Plague in India, 1896, 1897 - Volume 1
Year: 1896
Disease focus: Plague
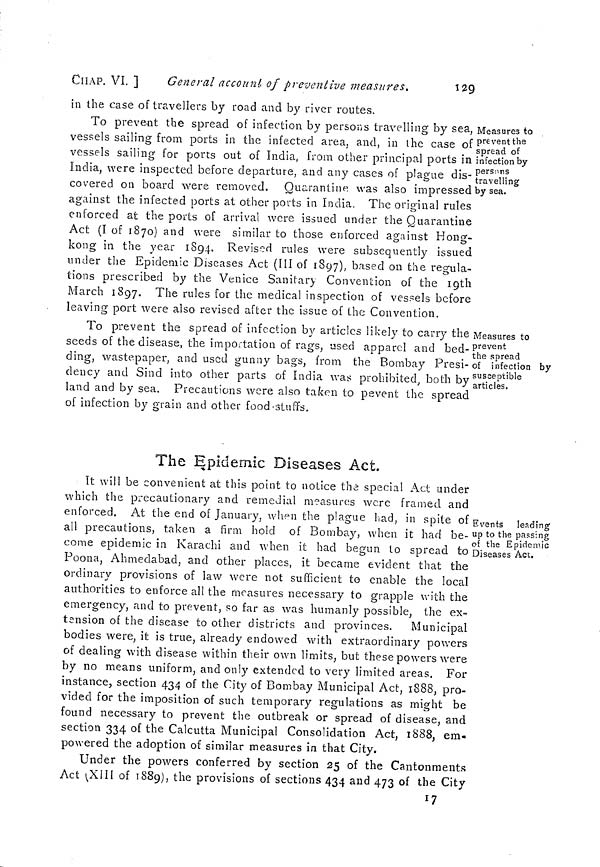
CHAP. VI. ]
General account, of preventive measures.
129
in the case of travellers by road and by river routes.
Measures to
prevent the
spread of
infection by
persons
travelling
by sea.
To prevent the spread of infection by persons travelling by sea,
vessels sailing from ports in the infected area, and, in the case of
vessels sailing for ports out of India, from other principal ports in
India, were inspected before departure, and any cases of plague dis-
covered on board were removed. Quarantine was also impressed
against the infected ports at other ports in India, The original rules
enforced at the ports of arrival were issued under the Quarantine
Act (1 of 1870) and were similar to those enforced against Hong-
kong in the year 1894. Revised rules were subsequently issued
under the Epidemic Diseases Act (III of 1897), based on the regula-
tions prescribed by the Venice Sanitary Convention of the 19th
March 1897. The rules for the medical inspection of vessels before
leaving port were also revised after the issue of the Convention.
Measures to
prevent
the spread
of infection by
susceptible
articles.
To prevent the spread of infection by articles likely to carry the
seeds of the disease, the importation of rags, used apparel and bed-
ding, wastepaper, and used gunny bags, from the Bombay Presi-
dency and Sind into other parts of India was prohibited, both by
land and by sea. Precautions were also taken to pevent the spread
of infection by grain and other food stuffs.
Events leading
up to the passing
of the Epidemic
Diseases Act.
The Epidemic Diseases Act.
It will be convenient at this point to notice the special Act under
which the precautionary and remedial measures were framed and
enforced. At the end of January, when the plague had, in spite of
all precautions, taken a firm hold of Bombay, when it had be-
come epidemic in Karachi and when it had begun to spread to
Poona, Ahmedabad, and other places, it became evident that the
ordinary provisions of law were not sufficient to enable the local
authorities to enforce all the measures necessary to grapple with the
emergency, and to prevent, so far as was humanly possible, the ex-
tension of the disease to other districts and provinces. Municipal
bodies were, it is true, already endowed with extraordinary powers
of dealing with disease within their own limits, but these powers were
by no means uniform, and only extended to very limited areas. For
instance, section 434 of the City of Bombay Municipal Act, 1888, pro-
vided for the imposition of such temporary regulations as might be
found necessary to prevent the outbreak or spread of disease, and
section 334 of the Calcutta Municipal Consolidation Act, 1888, em-
powered the adoption of similar measures in that City.
Under the powers conferred by section 25 of the Cantonments
Act (XIII of 1889), the provisions of sections 434 and 473 of the City
17